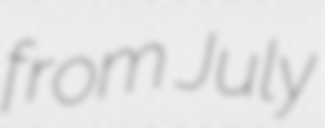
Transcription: from July